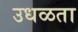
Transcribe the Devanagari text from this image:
उधळता